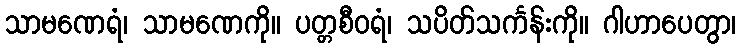
သာမဏေရံ၊ သာမဏေကို။ ပတ္တစီဝရံ၊ သပိတ်သင်္ကန်းကို။ ဂါဟာပေတွာ၊